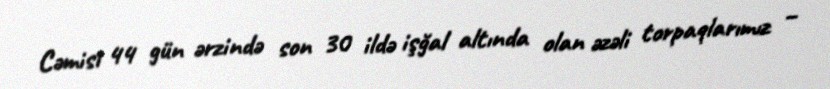
Cəmisi 44 gün ərzində son 30 ildə işğal altında olan əzəli torpaqlarımız –